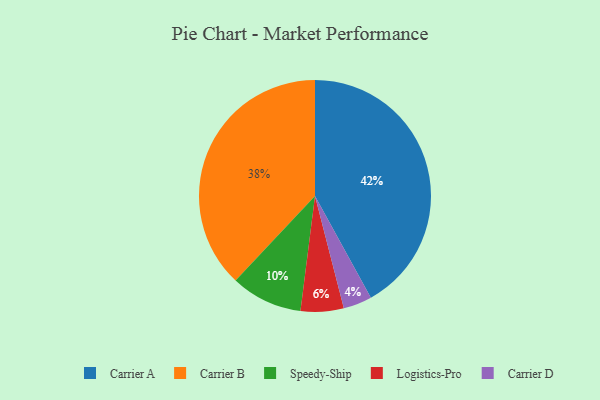
{"axis": {"x": "Category", "y": "Percentage"}, "legend": ["Carrier A", "Carrier B", "Carrier D", "Logistics-Pro", "Speedy-Ship"], "data": [{"x": "Carrier D", "y": 4, "type": "Carrier D"}, {"x": "Speedy-Ship", "y": 10, "type": "Speedy-Ship"}, {"x": "Logistics-Pro", "y": 6, "type": "Logistics-Pro"}, {"x": "Carrier B", "y": 38, "type": "Carrier B"}, {"x": "Carrier A", "y": 42, "type": "Carrier A"}]}